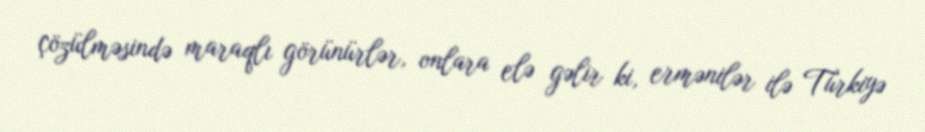
çözülməsində maraqlı görünürlər, onlara elə gəlir ki, ermənilər ilə Türkiyə